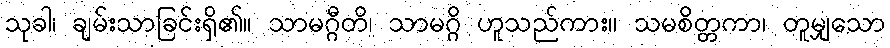
သုခါ၊ ချမ်းသာခြင်းရှိ၏။ သာမဂ္ဂီတိ၊ သာမဂ္ဂိ ဟူသည်ကား။ သမစိတ္တကာ၊ တူမျှသော